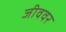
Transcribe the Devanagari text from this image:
जीववर